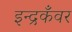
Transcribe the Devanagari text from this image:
इन्द्रकँवर